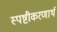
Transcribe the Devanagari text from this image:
स्पष्टीकरणार्थ